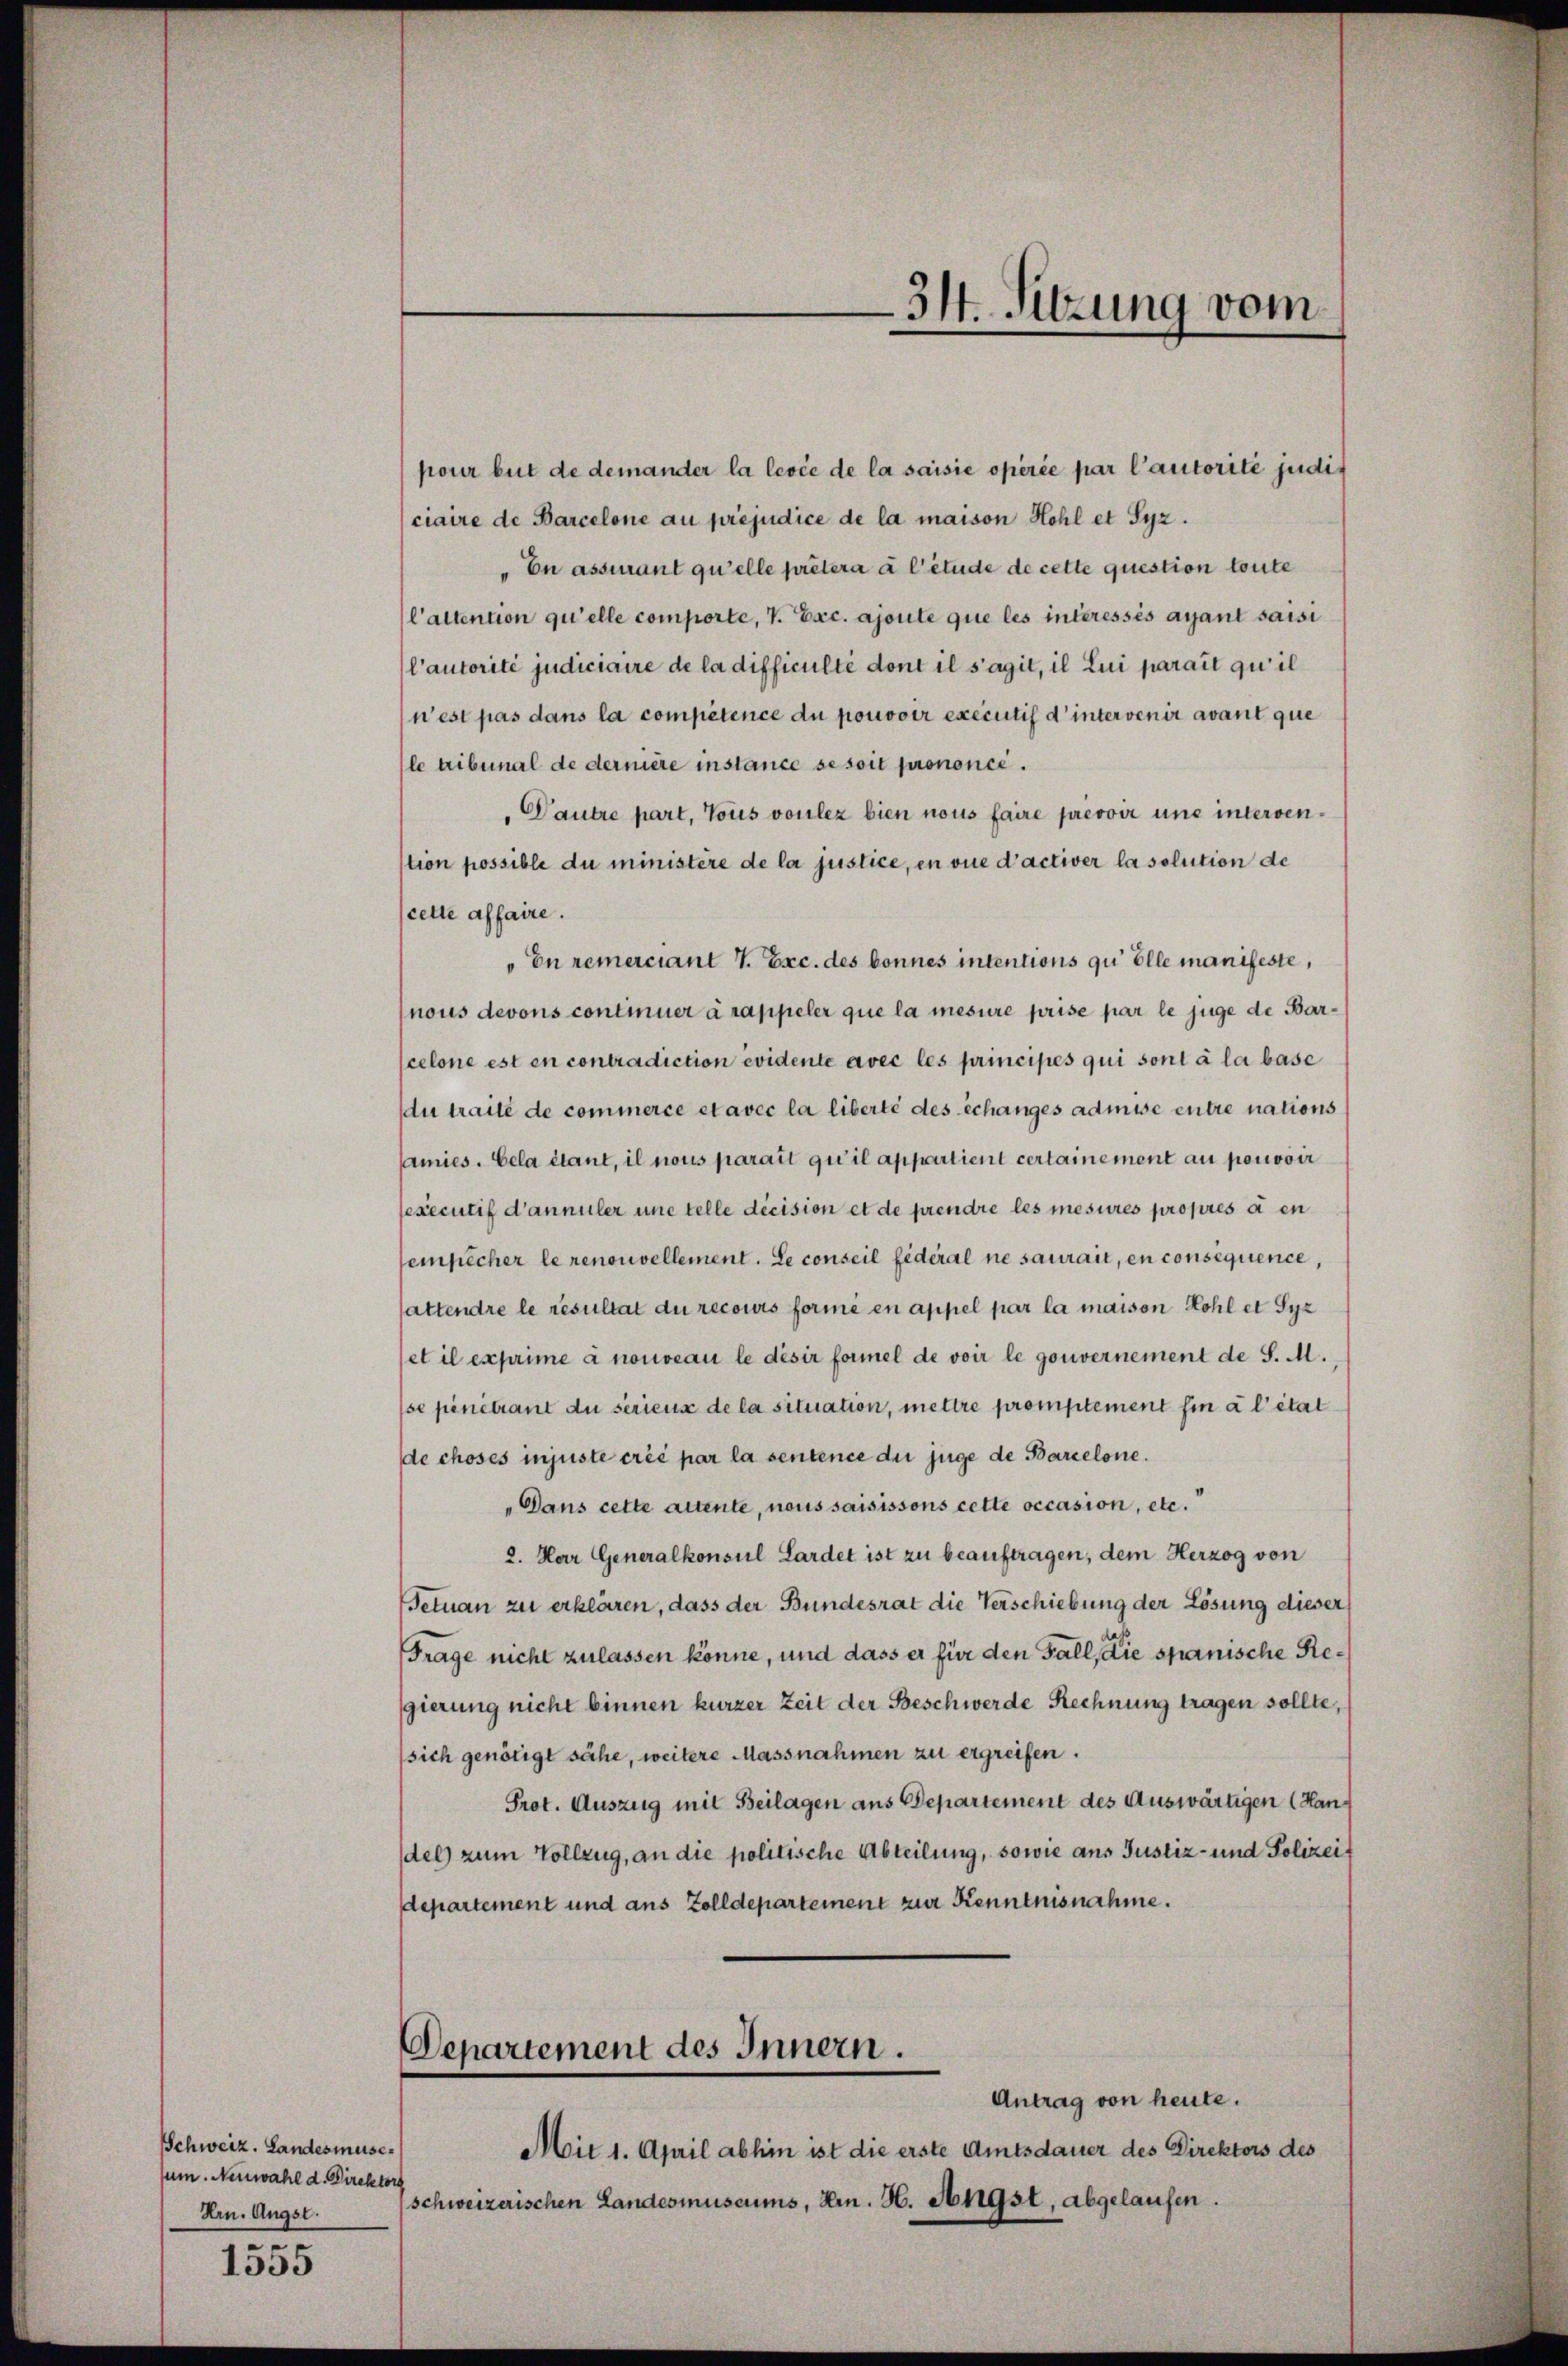
Schweiz. Landesmüse.
sum. Neuwahl d. Direktor
Hrn. Angst.

1555

pour but de demander la levée de la saisie opérée par l’autorité judit
ciaire de Barcelone au préjudice de la maison Hohl et Syz.
En assurant qu’elle prêtera à l’étude de cette question toute
l’altention qu’elle comporte, V. Exc. ajoute que les interessés ayant saisi
l’autorité judiciaire de la difficulté dont il s’agit, il lui parait qu’il
nest pas dans la compétence du pouvoir executif d’ intervenir avant que
le tribunal de dernière instance se soit prononcé.
Vautre part. Tous voulez bien nous faire prevoir une intersenstion possible du ministère de la justice, en vue d’activer la solution de
cette affaire.
En remerciant V. Exc. des bonnes intentions qu Elle manifeste,
nous devons continuer à rappeler que la mesure prise par le juge de Barscelone est en contradiction evidente avec les principes qui sont à la base
du traité de commerce et avec la liberté des échanges admise entre nations
amies. Cela étant, il nous parait qu’il appartient certainement au pouvoir
sexecutif d’annuler une telle décision et de prendre les mesures propres à en
empêcher le renouvellement. Le conseil fédéral ne saurait, en consequence,
attendre le resultat du recours formé en appel par la maison Kohl et Syz
set il exprime à nouveau le désir formel de voir le gouvernement de S. M.
se penétrant du seriens de la situation, mettre promptement hin à l’état
de choses injuste créé par la sentence du juge de Barcelone.
„Dans cette altente, nous saisissons cette occasion, etc.
2. Herr Generalkonsul Lardet ist zu beauftragen, dem Herzog von
Tetuan zu erklären, dass der Bundesrat die Verschiebung der Lösung dieser
Frage nicht zulassen könne, und dass er für den Fall, die spanische Regierung nicht binnen kurzer Zeit der Beschwerde Rechnung tragen sollte,
sich genötigt sähe, weitere Massnahmen zu ergreifen.
Prot. Auszug mit Beilagen aus Departement des Auswärtigen (Handel zum Vollzug, an die politische Abteilung, sowie aus Justiz- und Polizeit
departement und aus Zolldepartement zur Kenntnisnahme.
Departement des Innern.
Antrag von heute.
Mit 1. April abhin ist die erste Amtsdauer des Direktors des
(schweizerischen Landesmuseums, Hrn. H. Angst, abgelaufen.

34. Sitzung vom